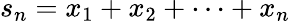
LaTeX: s_{n}=x_{1}+x_{2}+\cdots+x_{n}